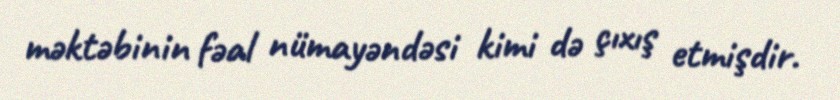
məktəbinin fəal nümayəndəsi kimi də çıxış etmişdir.